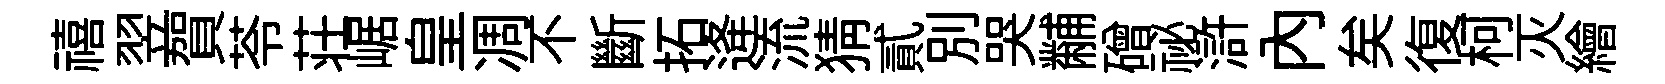
禧翌賀苓荘崌皇凋不斷拓逄流猜貳別哭黼磳祕滸內矣復柯灭繪